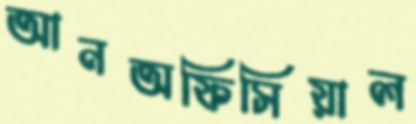
আনঅফিসিয়াল